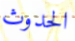
الحدوث